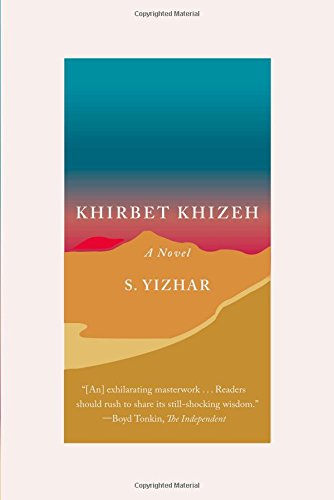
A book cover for Khirbet Khizeh: A Novel; S. Yizhar; Literature & Fiction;